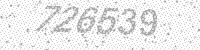
Solution: 726539